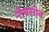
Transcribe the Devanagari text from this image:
रोबसोन